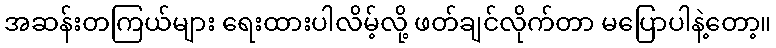
အဆန်းတကြယ်များ ရေးထားပါလိမ့်လို့ ဖတ်ချင်လိုက်တာ မပြောပါနဲ့တော့။